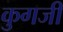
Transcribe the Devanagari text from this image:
कुगजी